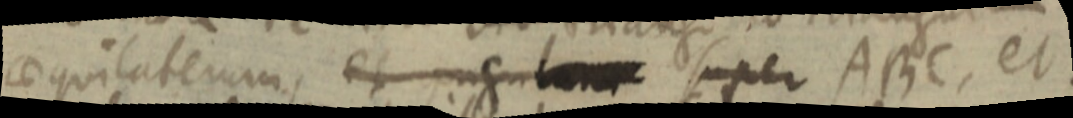
aequilaterum, et angulum super ABC, et